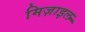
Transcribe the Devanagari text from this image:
मिज़ाइल